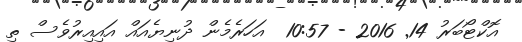
އޮކްޓޯބަރު 14